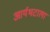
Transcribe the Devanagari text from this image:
आर्यभटाला